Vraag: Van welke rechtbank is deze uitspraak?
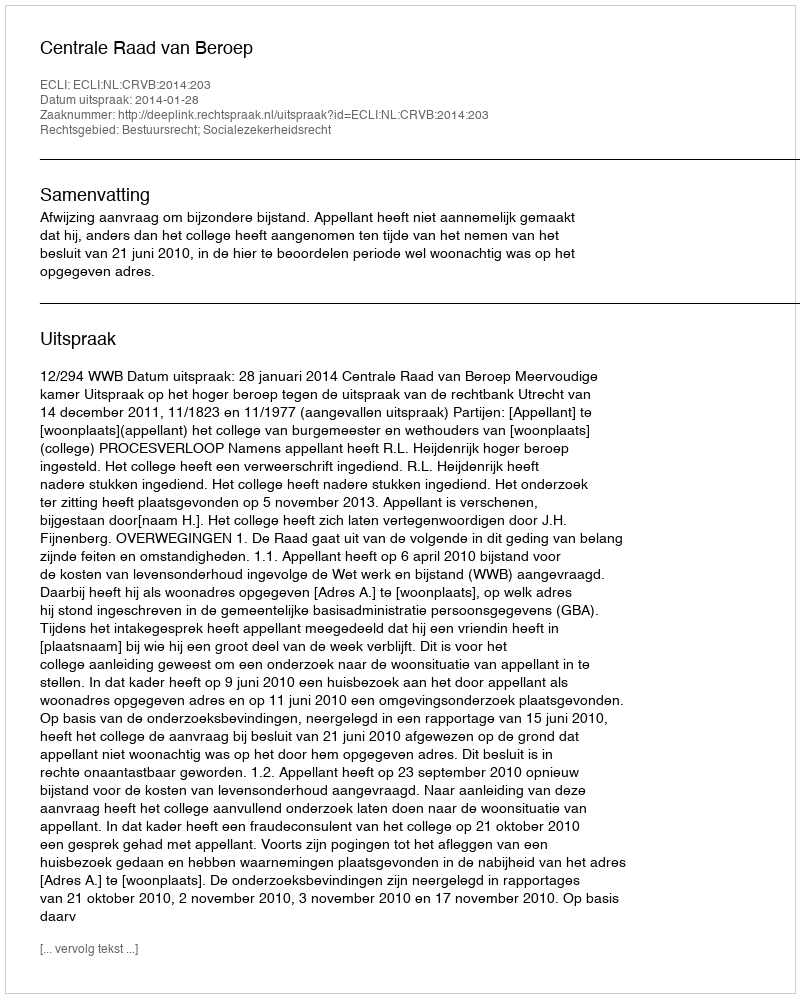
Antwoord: Centrale Raad van Beroep